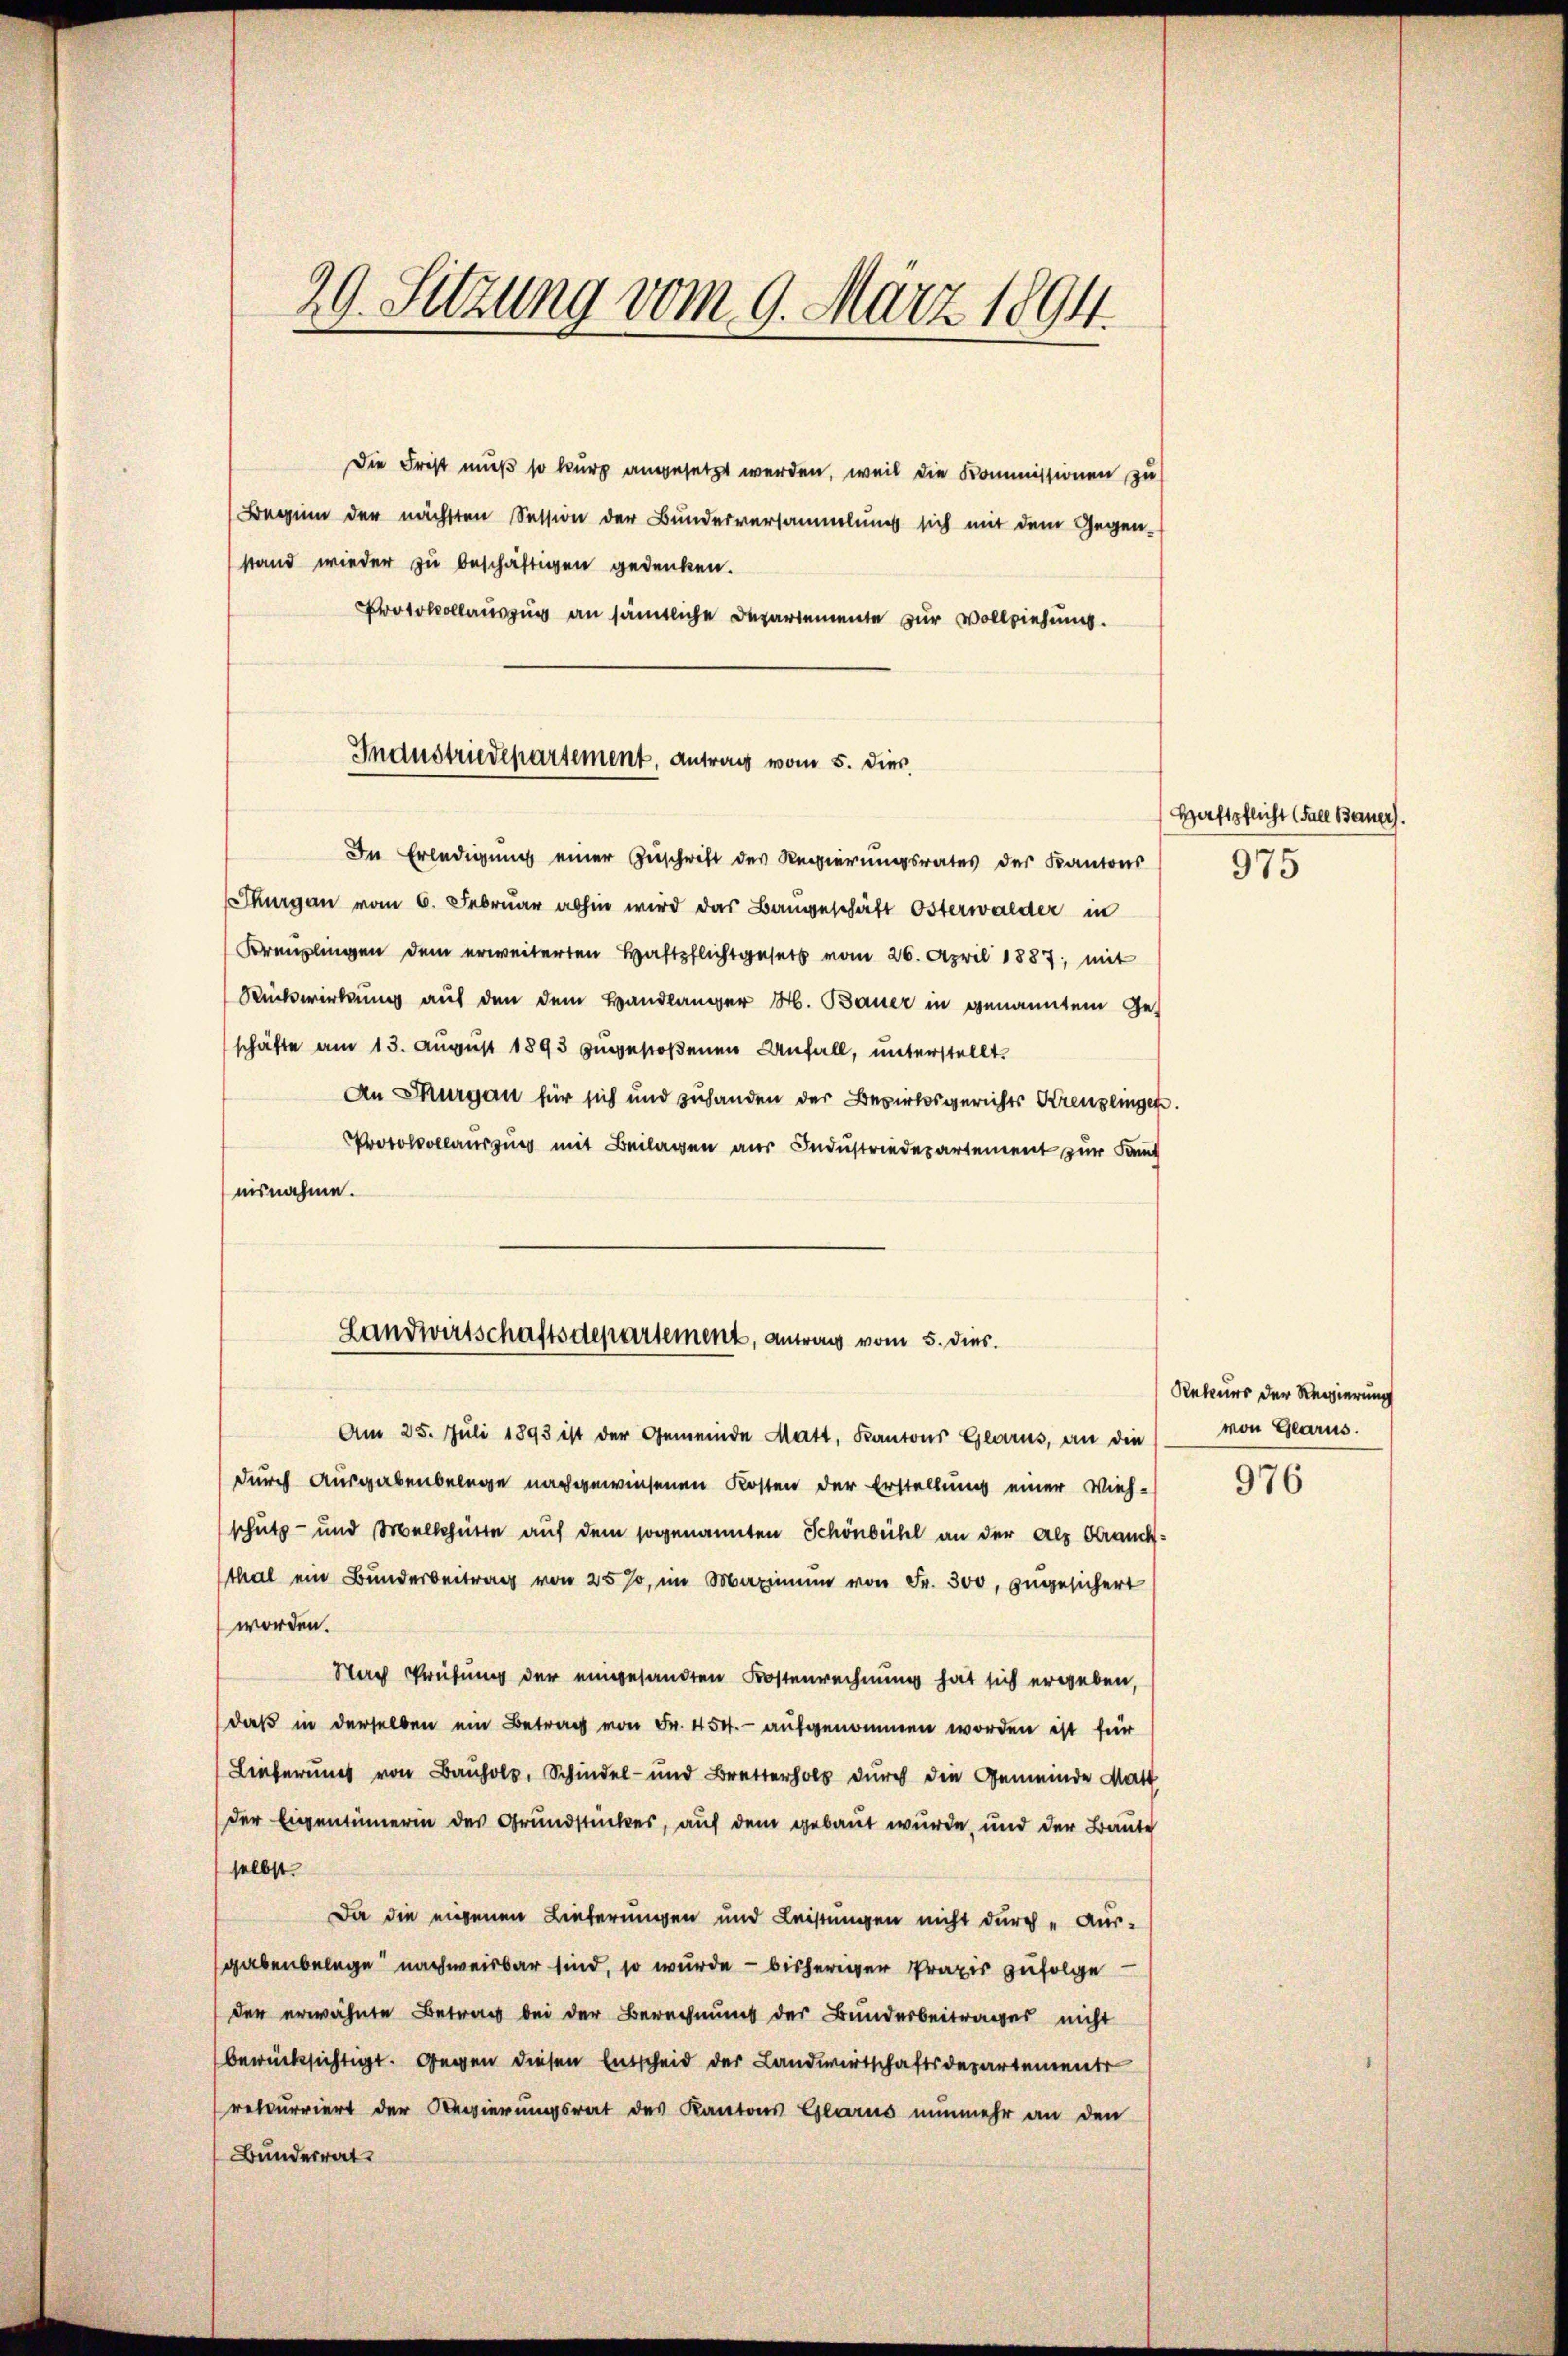
29. Sitzung vom 9. März 1894.

Die Frist muß so kurz angesetzt werden, weil die Kommissionen zu
Beginn der nächsten Session der Bundesversammlung sich mit dem Gegen-
stand wieder zu beschäftigen gedenken.
Protokollauszug an sämtliche Departemente zur Vollziehung.

Industriedepartement, Antrag vom 5. dies

Landwirtschaftsdepartement, antrag vom 5. dies

In Erledigung einer Zuschrift des Regierungsrates des Kantons
Thurgau vom 6. Februar abhin wird das Bangeschäft Österwalder in
Kreuzlingen dem erweiterten Haftpflichtgesetz vom 26. April 1887, mit
Rückwirkung auf den dem Handlänger H. Bauer in genanntem Geschäfte am 13. August 1893 zugestoßenen Anfall, unterstellt.
An Thurgau für sich und zuhanden der Bezirksgerichts Kreuzlinger
Protokollauszug mit Beilagen aus Industriedepartement zur Kant
nisnahme.
Am 25. Juli 1893 ist der Gemeinde Matt, Kantons Glarus, an die
durch Ausgabenbelege nachgewiesenen Kosten der Erstellung einer Vieh-
schutz- und Wellhütte auf dem sogenannten Schönbühl an der als Brauch¬
Mal ein Bunderbeitrag von 25 %, im Maximum von Fr. 300, zugesichert
worden.
Nach Prüfung der eingesandten Kostenrechnung hat sich ergeben,
daß in derselben ein Betrag von Fr. 454. - aufgenommen worden ist für
Lieferung von Bauhol, Schindel- und Bretterholt durch die Gemeinde Matt
der Eigentümerin des Grundstückes, auf dem gebaut wurde, und der Baute
selbst.
Da die eigenen Lieferungen und Leistungen nicht durch Aus-
gabenbelege nachweisbar sind, so wurde - bisheriger Praxis zufolge
der erwähnte Betrag bei der Berechnung der Bunderbeitrages nicht
berücksichtigt. Gegen diesen Entscheid der Landwirtschaftsdepartementr
recurriert der Regierungsrat des Kantons Glarus nunmehr an den
Bunderrat

Haftpflicht (Fall Bauer.
975

976

Rekurs der Regierung
von Glarus.